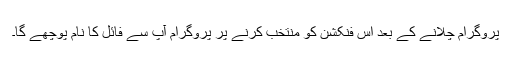
پروگرام چلانے کے بعد اس فنکشن کو منتخب کرنے پر پروگرام آپ سے فائل کا نام پوچھے گا۔